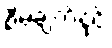
စီမံချက်နှင့်